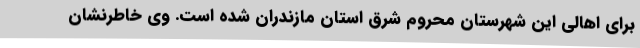
برای اهالی این شهرستان محروم شرق استان مازندران شده است. وی خاطرنشان